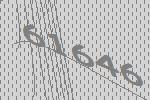
61646